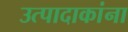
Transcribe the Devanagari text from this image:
उत्पादाकांना